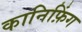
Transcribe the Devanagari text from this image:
कानिफ़िंग